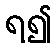
ရ၍